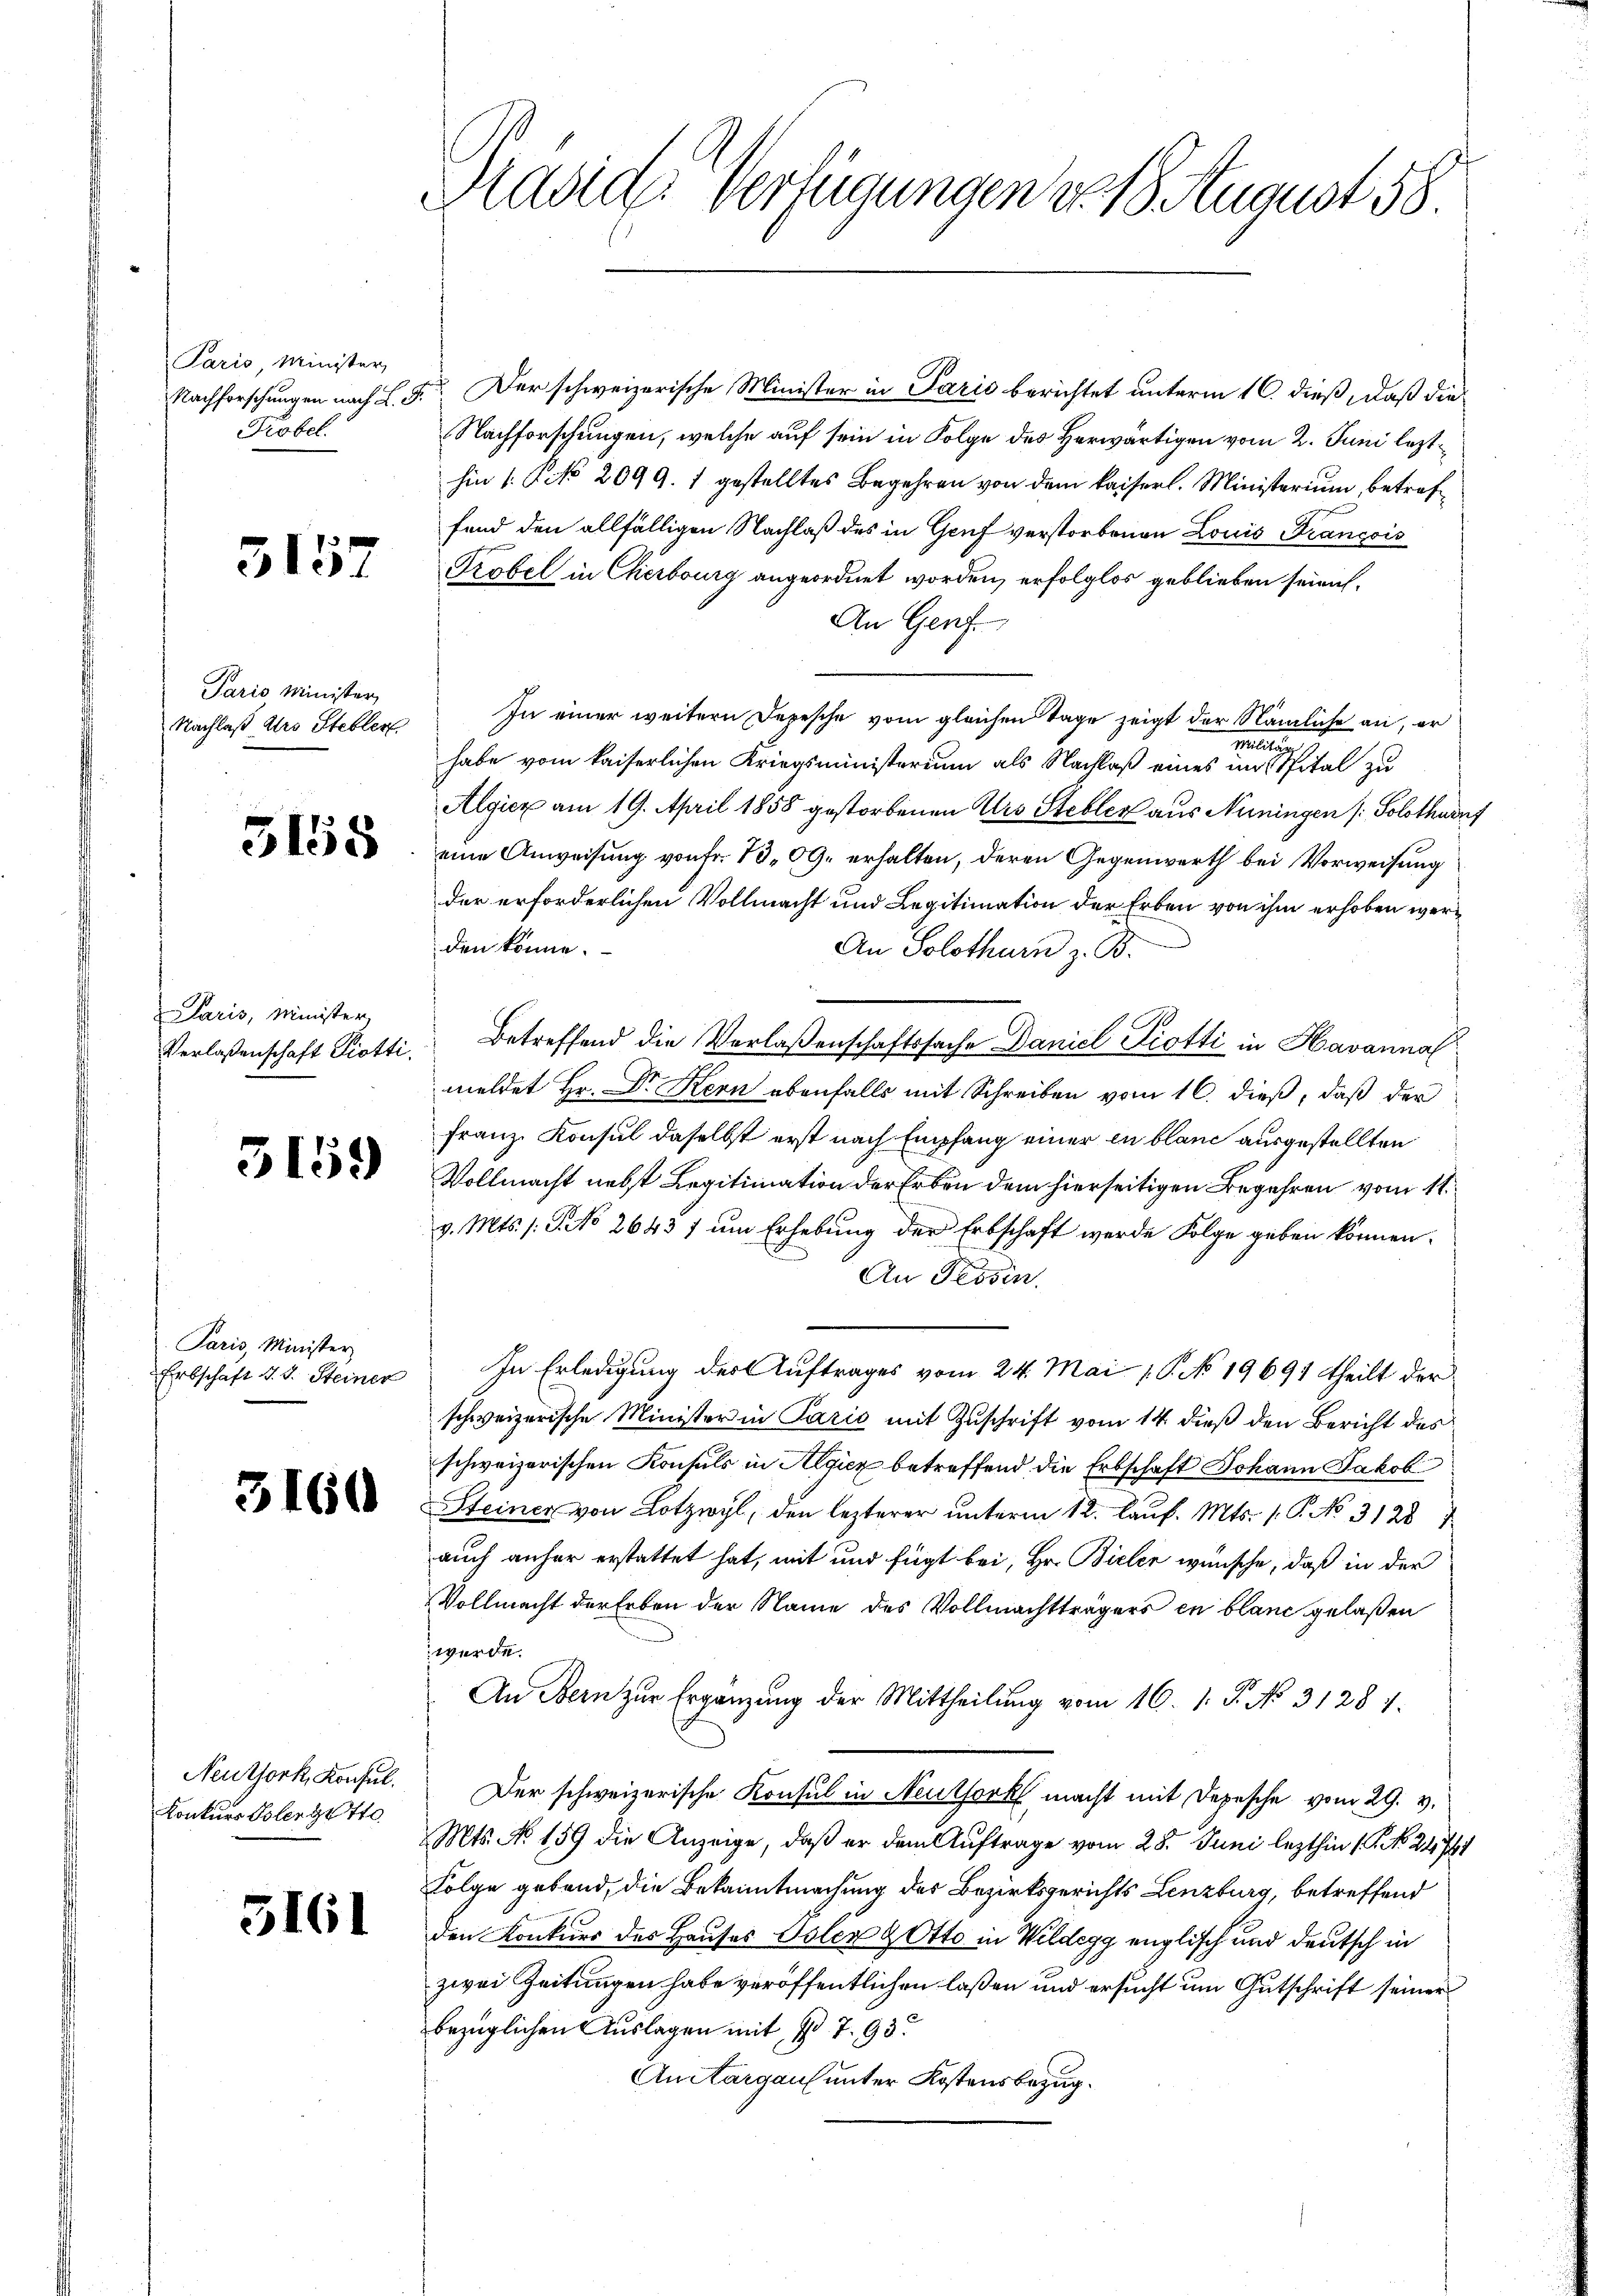
Paris, Minister,
Nachforschungen nach L. G.
Kobel.

5157

Paris Minister,
Nachlaß des Stebler

3158

Paris, Minister,
Verlassenschaft Piotti.

5159

Paris, Minister
Erbschaft d. d. Steiner

3160

Neuthork, Konsul
Konkurs Toler gotte

3161

Präside Verfügungen v. 18 August 18

t
.

Der schweizerische Minister in Paris berichtet unterm 16. dieß, daß die
Nachforschungen, welche auf sein in Folge des Herwärtigen vom 2. Juni lezthin 1. No 2099. 1 gestelltes Begehren von dem kaiserl. Ministerium, betreffond den allfälligen Nachlaß des in Genf verstorbenen Louis François
Probel in Cherburg angeordnet worden, erfolglos geblieben seien.
An Genf.
In einer weitern Depesche vom gleichen Tage zeigt der Nämliche an, er
Milita
habe vom kaiserlichen Kriegsministerium als Nachlaß eines im Spital zu
Algier am 19. April 1858 gestorbenen Urs Stebler aus Nüningen (: Solothurn,
eine Anweisung von Fr. 10, OG. erhalten, deren Gegenwerth bei Vorweisung
der erforderlichen Vollmacht und Legitimation der Erben von ihm erhoben werden könne.
An Solothurn z. B.
Betreffend die Verlaßenschaftssache Daniel Piotti in Havanna
meldet Hr. Dr Kern ebenfalls mit Schreiben vom 16. dieß, daß der
Franz Konsul daselbst erst nach Empfang einer in blanc ausgestellten
Vollmacht nebst Legitimation der Erben dem hierseitigen Begehren vom 11.
v. Mts. s. S. No 2643 f um Erhebung der Erbschaft werde Folge geben können.
An Tessin.
In Erledigung der Auftrages vom 24. Mai 18. No 19691 theilt der
schweizerische Minister in Parić mit Zuschrift vom 14. dieß den Bericht des
schweizerischen Konsuls in Algiez betreffend die Erbschaft Johann Jakob
Steiner von Lotzwyl, den lezterer unterm 12. Kauf. Mts. 1. P. No 31287
auch anher erstattet hat, mit und fügt bei, Hr. Bieler wünsche, daß in der
Vollmacht der Erben der Name des Vollmachtträgers en blanc gelaßen
werde.
An Bern zur Ergänzung der Mittheilung vom 16. 1. P. No. 31287.
Der schweizerische Konsul in Neuthork macht mit Depesche vom 29. v.
Mts. No. 159 die Anzeige, daß er dem Auftrage vom 28. Juni lezthin 1. No. 24761
Folge gebend, die Bekanntmachung der Bezirksgerichts Lenzburg, betreffend
den Konkurs des Hauses Polen & Otto in Wildegg englisch und deutsch in
zwei Zeitungen habe veröffentlichen laßen und ersucht um Gutschrift seiner
bezüglichen Auslagen mit I 7. 93.
AnAargaus unter Kostensbezug.